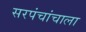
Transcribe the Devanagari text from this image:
सरपंचांचाला